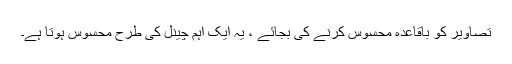
تصاویر کو باقاعدہ محسوس کرنے کی بجائے ، یہ ایک اہم چینل کی طرح محسوس ہوتا ہے۔